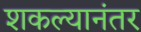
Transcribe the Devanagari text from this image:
शकल्यानंतर